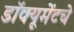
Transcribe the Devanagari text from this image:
डॉक्यूमेंटचे